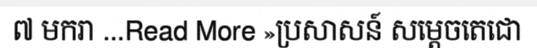
៧ មករា ...Read More »ប្រសាសន៍ សម្តេចតេជោ